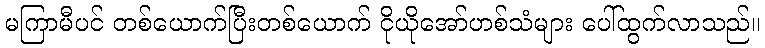
မကြာမီပင် တစ်ယောက်ပြီးတစ်ယောက် ငိုယိုအော်ဟစ်သံများ ပေါ်ထွက်လာသည်။